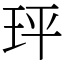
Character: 玶